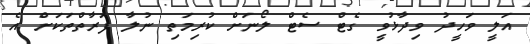
އަލީ ވަހީދު ވިދާޅުވީ ގެޓް ސެޓް ލޯނަށް ކުރިމަތި ނުލާ ފަރާތްތަކަށް އެ